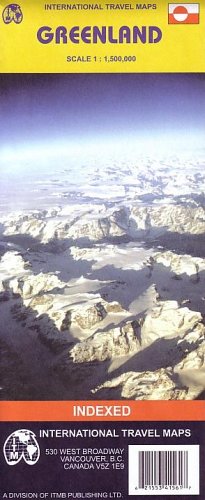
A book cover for Greenland Map by ITMB; ITMB Publishing; Travel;